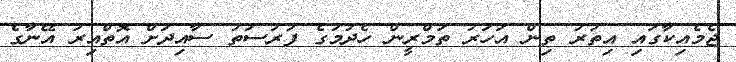
ޖެމެއިކާގައި އިތުރު ތިން އަހަރު ތަމްރީން ހެދުމުގެ ފުރުސަތު ސާއިދަށް އޮތްއިރު އޭނާގެ